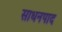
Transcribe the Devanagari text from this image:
साधनपाद